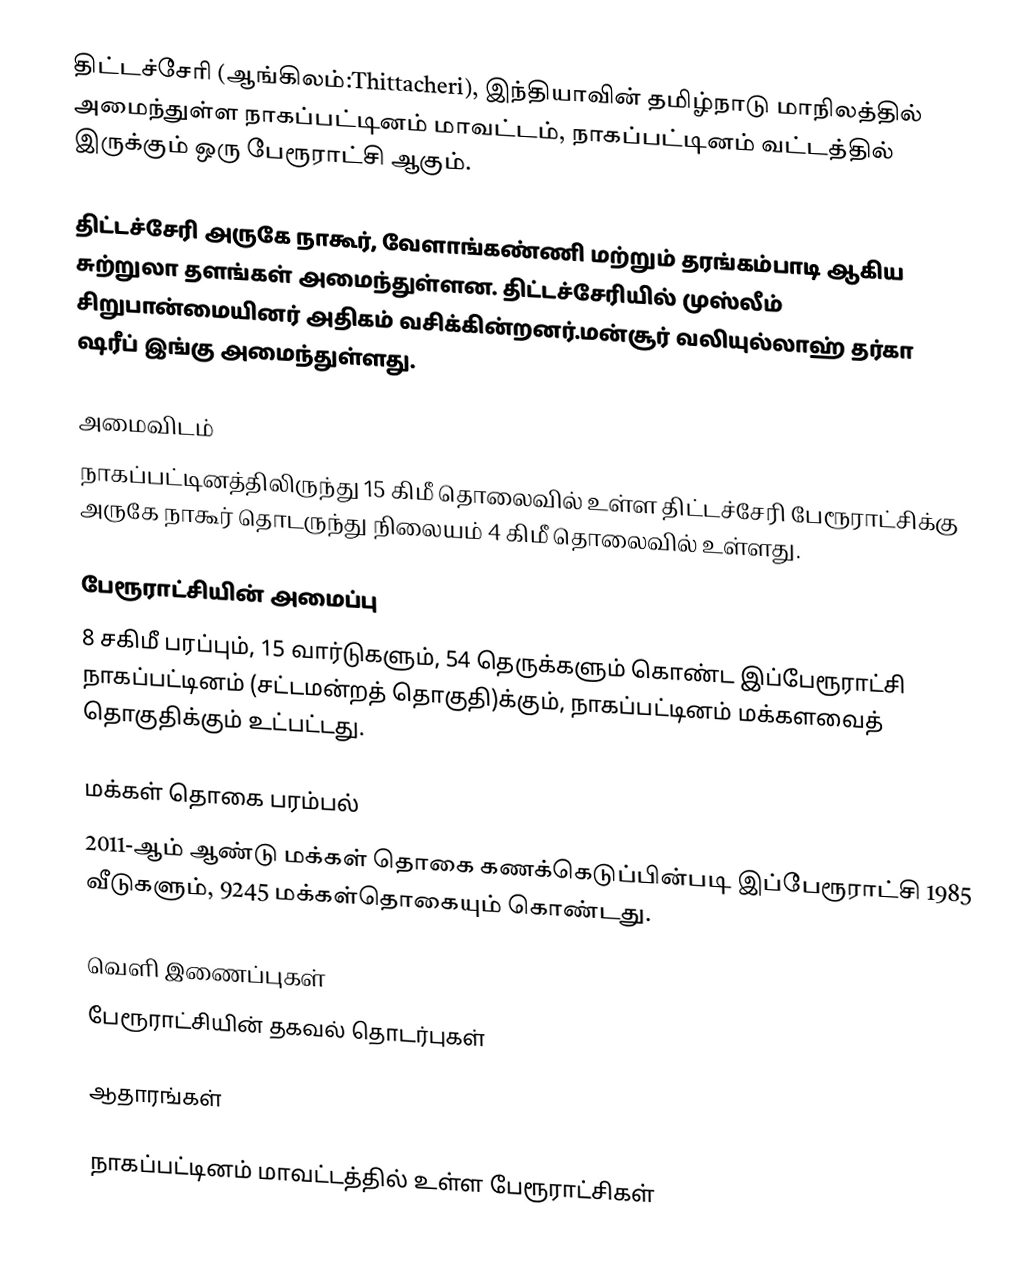
திட்டச்சேரி (ஆங்கிலம்:Thittacheri), இந்தியாவின் தமிழ்நாடு மாநிலத்தில் அமைந்துள்ள நாகப்பட்டினம் மாவட்டம், நாகப்பட்டினம் வட்டத்தில் இருக்கும் ஒரு பேரூராட்சி ஆகும்.

திட்டச்சேரி அருகே நாகூர், வேளாங்கண்ணி மற்றும் தரங்கம்பாடி ஆகிய சுற்றுலா தளங்கள் அமைந்துள்ளன. திட்டச்சேரியில் முஸ்லீம் சிறுபான்மையினர் அதிகம் வசிக்கின்றனர்.மன்சூர் வலியுல்லாஹ் தர்கா ஷரீப் இங்கு அமைந்துள்ளது.

அமைவிடம்
நாகப்பட்டினத்திலிருந்து 15 கிமீ தொலைவில் உள்ள திட்டச்சேரி பேரூராட்சிக்கு அருகே  நாகூர் தொடருந்து நிலையம் 4 கிமீ தொலைவில் உள்ளது.

பேரூராட்சியின் அமைப்பு
8 சகிமீ பரப்பும்,  15  வார்டுகளும், 54 தெருக்களும் கொண்ட இப்பேரூராட்சி  நாகப்பட்டினம் (சட்டமன்றத் தொகுதி)க்கும், நாகப்பட்டினம் மக்களவைத் தொகுதிக்கும் உட்பட்டது.

மக்கள் தொகை பரம்பல்
2011-ஆம் ஆண்டு மக்கள் தொகை கணக்கெடுப்பின்படி  இப்பேரூராட்சி    1985 வீடுகளும், 9245 மக்கள்தொகையும் கொண்டது.

வெளி இணைப்புகள்
 பேரூராட்சியின் தகவல் தொடர்புகள்

ஆதாரங்கள்

நாகப்பட்டினம் மாவட்டத்தில் உள்ள பேரூராட்சிகள்